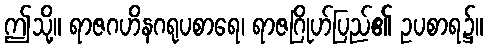
ဤသို့။ ရာဇဂဟိနဂရုပစာရေ၊ ရာဇဂြိုဟ်ပြည်၏ ဥပစာရ၌။